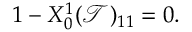
1 - X _ { 0 } ^ { 1 } ( \mathcal { T } ) _ { 1 1 } = 0 .